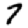
Digit: 7